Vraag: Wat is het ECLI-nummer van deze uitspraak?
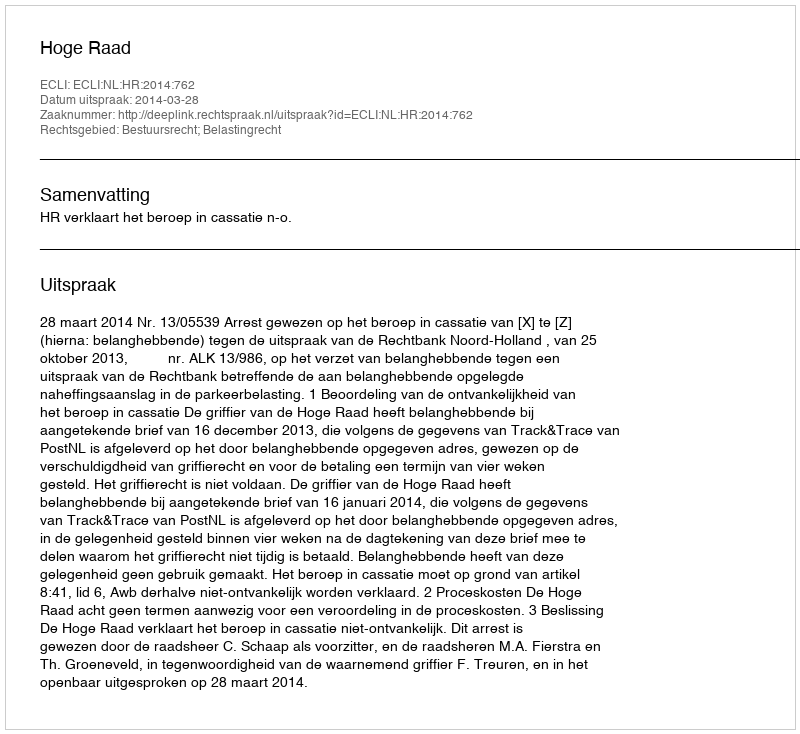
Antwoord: ECLI:NL:HR:2014:762